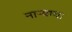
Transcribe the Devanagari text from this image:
नाऱ्याचा